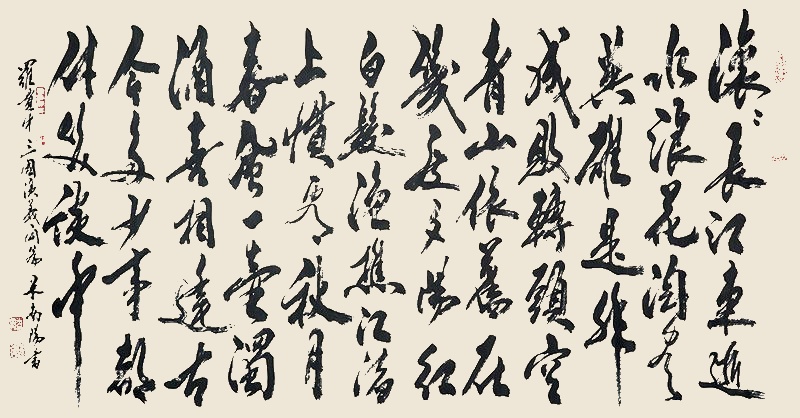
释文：滚滚长江东逝水，浪花淘尽英雄。是非成败转头空。青山依旧在，几度夕阳红。白发渔樵江渚上，惯看秋月春风。一壶浊酒喜相逢。古今多少事，都付笑谈中。罗贯中三国演义开篇，米南阳书。